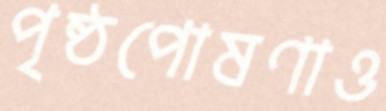
পৃষ্ঠপোষণাও